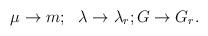
LaTeX: \begin{align*}\mu \rightarrow m; ~~ \lambda \rightarrow \lambda_r; G \rightarrow G_r.\end{align*}